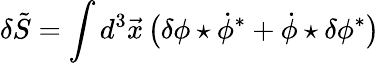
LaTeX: \delta\tilde{S}=\int d^{3}\vec{x}\, \bigl(\delta\phi\star\dot{\phi}^{\ast}+\dot{\phi}\star\delta\phi^{\ast}\bigr)